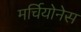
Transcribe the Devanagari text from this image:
मर्चियोनेस